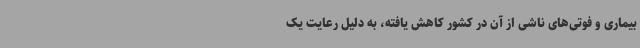
بیماری و فوتی‌های ناشی از آن در کشور کاهش یافته، به دلیل رعایت یک